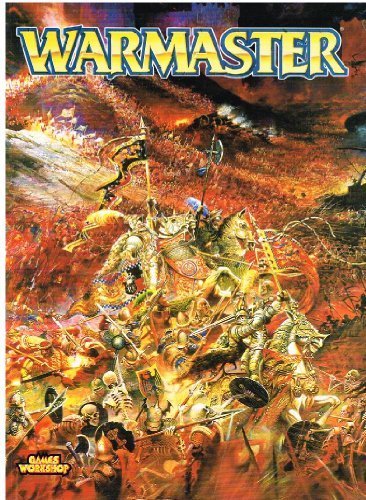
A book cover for Warmaster; Rick Priestley; Teen & Young Adult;